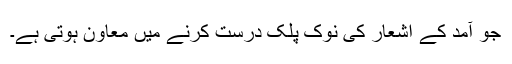
جو آمد کے اشعار کی نوک پلک درست کرنے میں معاون ہوتی ہے۔